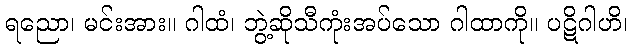
ရညော၊ မင်းအား။ ဂါထံ၊ ဘွဲ့ဆိုသီကုံးအပ်သော ဂါထာကို။ ပဋိဂါဟိ၊